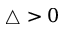
\triangle > 0